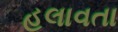
હલાવતા